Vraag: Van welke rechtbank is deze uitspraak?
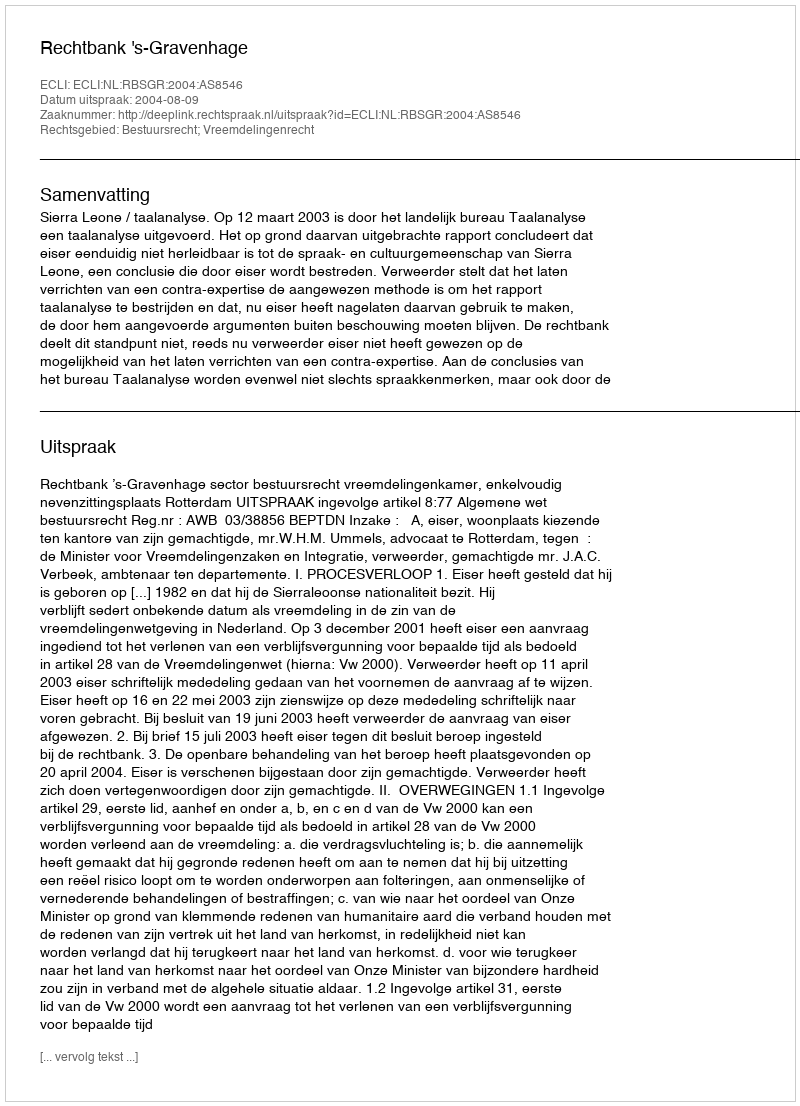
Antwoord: Rechtbank 's-Gravenhage